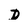
Character: D